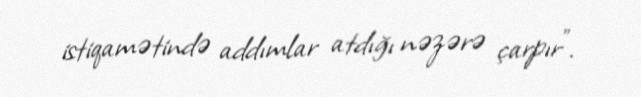
istiqamətində addımlar atdığı nəzərə çarpır”.